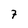
Character: 7